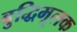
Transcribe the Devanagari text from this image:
बुद्धिमूलक